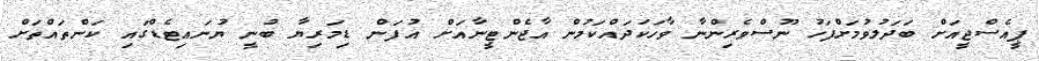
ޕީއެސްޖީއަށް ބަދަލުވުމަށްފަހު ނޫސްވެރިންނާ ވާހަކަދައްކަމުން އާޖެންޓީނާއަށް އުފަން ޑިމަރިޔާ ބުނީ ޔުނައިޓެޑްގައި ކަންތައްތަށް